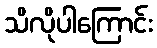
သိလိုပါကြောင်း